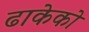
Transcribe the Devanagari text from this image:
ढाकेको